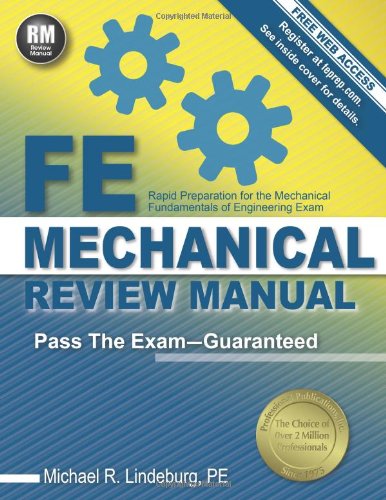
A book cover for FE Mechanical Review Manual; Michael  R. Lindeburg PE; Test Preparation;